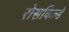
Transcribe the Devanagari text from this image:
रोसकिल्डे